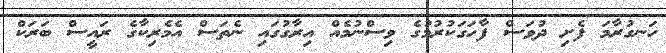
ހަނގުރާމަ ފެށި ދުވަސް ފާހަގަކުރުމުގެ ވިސްނުމެއް އިރާގުގައި ނެތަސް އެމެރިކާގެ ރައީސް ބަރަކް